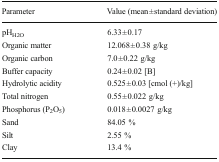
<table><thead><tr><td><b>Parameter</b></td><td><b>Value (mean ± standard deviation)</b></td></tr></thead><tbody><tr><td>pH<sub>H2O</sub></td><td>6.33 ± 0.17</td></tr><tr><td>Organic matter</td><td>12.068 ± 0.38 g/kg</td></tr><tr><td>Organic carbon</td><td>7.0 ± 0.22 g/kg</td></tr><tr><td>Buffer capacity</td><td>0.24 ± 0.02 [B]</td></tr><tr><td>Hydrolytic acidity</td><td>0.525 ± 0.03 [cmol (+)/kg]</td></tr><tr><td>Total nitrogen</td><td>0.55 ± 0.022 g/kg</td></tr><tr><td>Phosphorus (P<sub>2</sub>O<sub>5</sub>)</td><td>0.018 ± 0.0027 g/kg</td></tr><tr><td>Sand</td><td>84.05 %</td></tr><tr><td>Silt</td><td>2.55 %</td></tr><tr><td>Clay</td><td>13.4 %</td></tr></tbody></table>